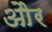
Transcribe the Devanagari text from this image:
और